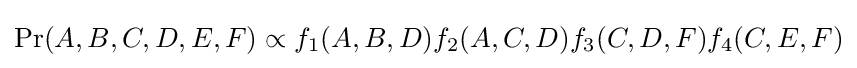
\Pr(A,B,C,D,E,F)\propto f_{1}(A,B,D)f_{2}(A,C,D)f_{3}(C,D,F)f_{4}(C,E,F)